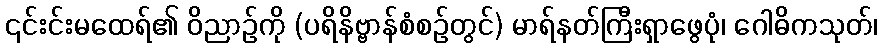
၎င်းင်းမထေရ်၏ ဝိညာဉ်ကို (ပရိနိဗ္ဗာန်စံစဉ်တွင်) မာရ်နတ်ကြီးရှာဖွေပုံ၊ ဂေါဓိကသုတ်၊